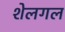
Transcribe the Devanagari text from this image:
शेलगल